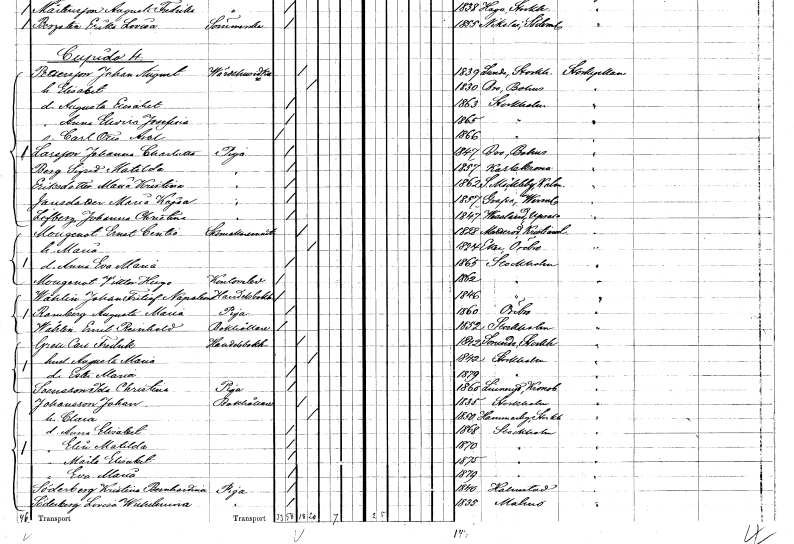
gt_parse: households: individuals: FN: Carl Otto Axel
KON: M
CIV: O
FODAR: 1866
FODFORS: Stockholm
FN: Johanna Charlotta
EN: Larsson
YRKE: Piga
KON: K
CIV: O
FODAR: 1847
FODFORS: Bro Göteborgs- och Bohuslän
FN: Sigrid Matilda
EN: Berg
YRKE: Piga
KON: K
CIV: O
FODAR: 1857
FODFORS: Karlskrona Blekinge län
FN: Maria Kristina
EN: Eriksdotter
YRKE: Piga
KON: K
CIV: O
FODAR: 1862
FODFORS: Södra Möckleby Kalmar län
FN: Maria Kajsa
EN: Jansdotter
YRKE: Piga
KON: K
CIV: O
FODAR: 1857
FODFORS: Grava Värmlands län
FN: Johanna Christina
EN: Löfberg
YRKE: Piga
KON: K
CIV: O
FODAR: 1847
FODFORS: Västland Uppsala län
FN: Ernst Centio
EN: Mougeuot
YRKE: Skomakarmäster
KON: M
CIV: G
FODAR: 1828
FODFORS: Matteröd Kristianstads län
FN: Maria
KON: K
CIV: G
FODAR: 1824
FODFORS: Eker Örebro län
FN: Anna Eva Maria
KON: K
CIV: O
FODAR: 1865
FODFORS: Stockholm
FN: Viktor Hugo
EN: Mougeuot
YRKE: Kontorselev
KON: M
CIV: O
FODAR: 1862
FODFORS: Stockholm
FN: Johan Fritiof Napoleon
EN: Wåhlin
YRKE: Handelsbokhållare
KON: M
CIV: O
FODAR: 1846
FODFORS: Stockholm
FN: Augusta Maria
EN: Ramberg
YRKE: Piga
KON: K
CIV: O
FODAR: 1860
FODFORS: Örebro Örebro län
FN: Emil Reinhold
EN: Wåhlin
YRKE: Bokhållare
KON: M
CIV: O
FODAR: 1852
FODFORS: Stockholm
FN: Carl Fredrik
EN: Grell
YRKE: Handelsbokhållare
KON: M
CIV: G
FODAR: 1842
FODFORS: Sorunda Södermanlands län
FN: Augusta Maria
KON: K
CIV: G
FODAR: 1842
FODFORS: Stockholm
FN: Ester Maria
KON: K
CIV: O
FODAR: 1879
FODFORS: Stockholm
FN: Ida Christina
EN: Svensson
YRKE: Piga
KON: K
CIV: O
FODAR: 1860
FODFORS: Linneryd Kronobergs län
FN: Johan
EN: Johansson
YRKE: Bokhållare
KON: M
CIV: G
FODAR: 1835
FODFORS: Stockholm
FN: Clara
KON: K
CIV: G
FODAR: 1850
FODFORS: Hammarby Stockholms län
FN: Anna Elisabet
KON: K
CIV: O
FODAR: 1868
FODFORS: Stockholm
FN: Elin Matilda
KON: K
CIV: O
FODAR: 1870
FODFORS: Stockholm
FN: Märta Elisabet
KON: K
CIV: O
FODAR: 1875
FODFORS: Stockholm
FN: Eva Maria
KON: K
CIV: O
FODAR: 1879
FODFORS: Stockholm
FN: Kristina Bernhardina
EN: Söderberg
YRKE: Piga
KON: K
CIV: O
FODAR: 1840
FODFORS: Halmstad Hallands län
FN: Lovisa Wilhelmina
EN: Söderberg
YRKE: Piga
KON: K
CIV: O
FODAR: 1835
FODFORS: Malmö Malmöhus län